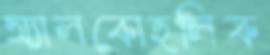
অ্যালকোহলিক